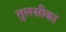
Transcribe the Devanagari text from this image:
तुलसीका